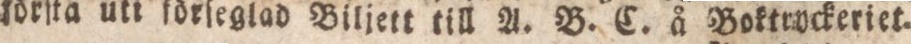
förſta uti förſeglad Biljett till A. B. C. å Boktryckeriet.